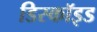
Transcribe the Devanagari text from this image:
डिस्कॉइड